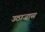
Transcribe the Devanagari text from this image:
उठाजास